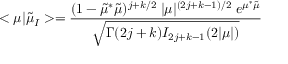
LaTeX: < \mu | \tilde { \mu } _ { I } > = \frac { ( 1 - \tilde { \mu } ^ { * } \tilde { \mu } ) ^ { j + k / 2 } \; | \mu | ^ { ( 2 j + k - 1 ) / 2 } \; e ^ { \mu ^ { * } \tilde { \mu } } } { \sqrt { \Gamma ( 2 j + k ) I _ { 2 j + k - 1 } ( 2 | \mu | ) } }